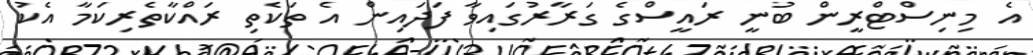
އެ މިނިސްޓްރީން ބުނީ ރައީސްގެ ގަރާރުގައިވާ ފަދައިން އެ ތަކެތި ރައްކާތެރިކަމާ އެކު